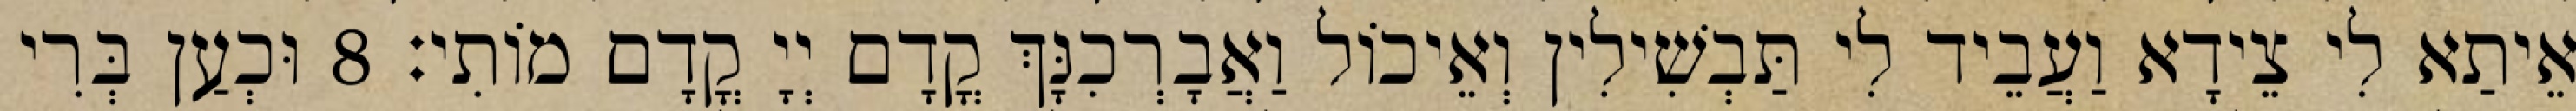
אֵיתַא לִי צֵידָא וַעֲבֵיד לִי תַּבְשִׁילִין וְאֵיכוֹל וַאֲבָרְכִנָּךְ קֳדָם יְיָ קֳדָם מוֹתִי׃ 8 וּכְעַן בְּרִי